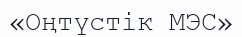
«Оңтүстік МЭС»